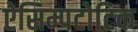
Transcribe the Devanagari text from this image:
ऐसिम्पटोटिक